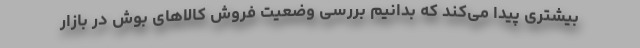
بیشتری پیدا می‌کند که بدانیم بررسی وضعیت فروش کالاهای بوش در بازار